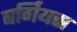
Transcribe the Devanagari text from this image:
बर्गियस